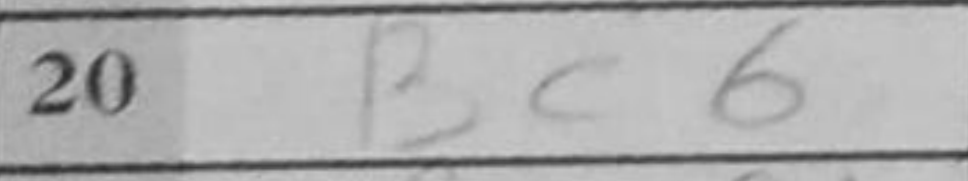
Transcription: Bc6